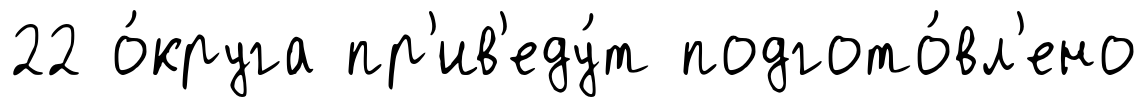
22 о́круга пр'ив'еду́т подгото́вл'ено